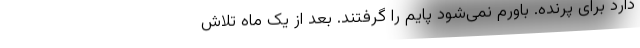
دارد برای پرنده. باورم نمی‌شود پایم را گرفتند. بعد از یک ماه تلاش